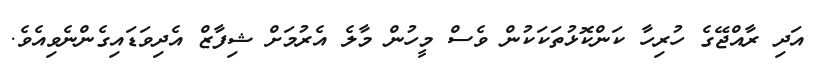
އަދި ރާއްޖޭގެ ހުރިހާ ކަންކޮޅުތަކަކުން ވެސް މީހުން މާލެ އެރުމަށް ޝިފާޒް އެދިވަޑައިގެންނެވިއެވެ.